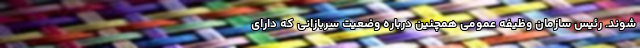
شوند. رئیس سازمان وظیفه عمومی همچنین درباره وضعیت سربازانی که دارای